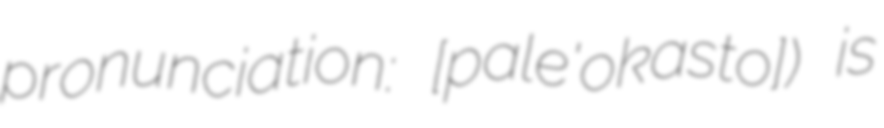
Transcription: pronunciation: [pale'okastɾo]) is